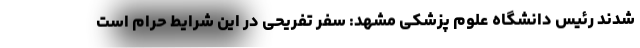
شدند رئیس دانشگاه علوم پزشکی مشهد: سفر تفریحی در این شرایط حرام است